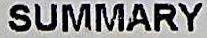
SUMMARY